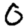
Digit: 0